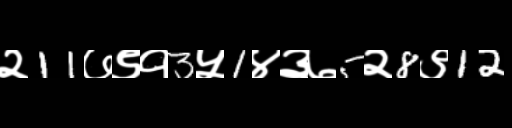
Text: २11७९१3५1४३७5२8९12